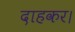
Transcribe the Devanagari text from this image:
दाहकर।